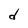
Character: d